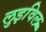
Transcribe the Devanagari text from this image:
लुइविल